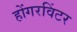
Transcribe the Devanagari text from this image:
होंगरविंटर